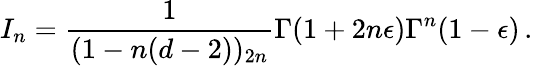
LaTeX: I_{n}=\frac{1}{(1-n(d-2))_{2n}}\Gamma(1+2n\epsilon)\Gamma^{n}(1-\epsilon)\, .